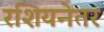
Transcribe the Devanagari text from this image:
रशियनेतर